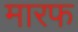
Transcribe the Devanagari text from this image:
मारफ